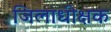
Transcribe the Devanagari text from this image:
जिलाधीक्षक